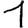
Digit: 1